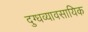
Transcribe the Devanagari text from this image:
दुग्धव्यावसायिक